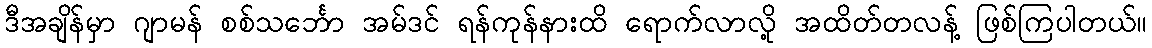
ဒီအချိန်မှာ ဂျာမန် စစ်သင်္ဘော အမ်ဒင် ရန်ကုန်နားထိ ရောက်လာလို့ အထိတ်တလန့် ဖြစ်ကြပါတယ်။